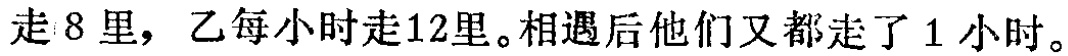
走8里，乙每小时走12里。相遇后他们又都走了1小时。